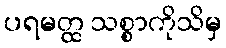
ပရမတ္ထ သစ္စာကိုသိမှ